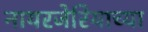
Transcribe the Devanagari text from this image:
नायरजेरियाच्या